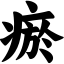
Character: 瘀